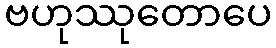
ဗဟုဿုတောပေ